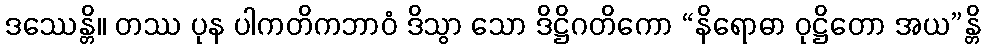
ဒဿေန္တိ။ တဿ ပုန ပါကတိကဘာဝံ ဒိသွာ သော ဒိဋ္ဌိဂတိကော “နိရောဓာ ဝုဋ္ဌိတော အယ”န္တိ